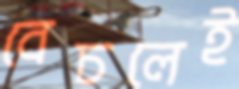
বেচলেই